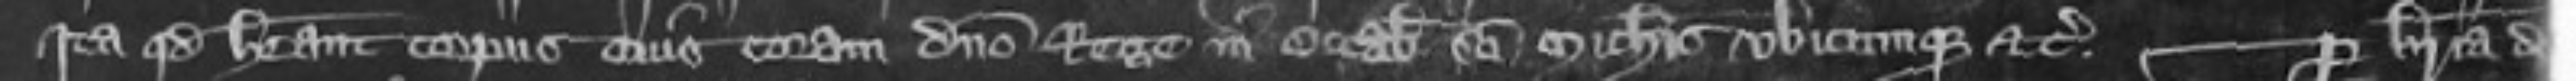
Ita quod habeant corporus eius coram domino Rege in Octabis Sancti Michaelis ubicumque etc Per brevia de